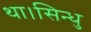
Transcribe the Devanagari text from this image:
था।सिन्धु